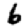
Digit: 6